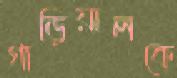
গাড়িয়ালকে